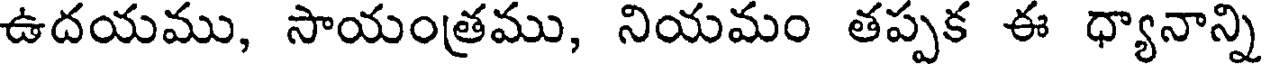
ఉదయము, సాయంత్రము, నియమం తప్పక ఈ ధ్యానాన్ని